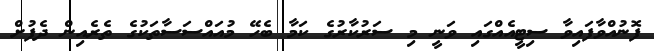
ފޮނުއްވާފައިވާ ސިޓީއެއްގައި ވަނީ މި ސަރުކާރުގެ ކަމާ ބެހޭ މުއައްސަސާތަކުގެ ތެރެއިން ދެފުށް